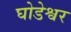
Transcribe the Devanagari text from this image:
घोडेश्वर